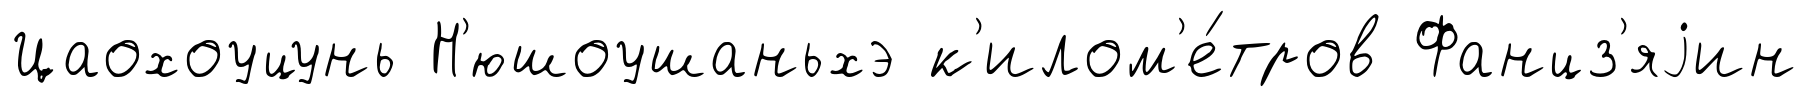
Цаохоуцунь Н'юшоушаньхэ к'илом'е́тров Фанцз'яjин